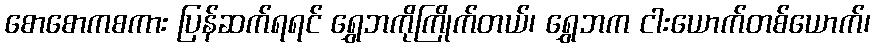
စောစောကစကား ပြန်ဆက်ရရင် ရွှေဘကိုကြိုက်တယ်၊ ရွှေဘက ငါးယောက်တစ်ယောက်၊